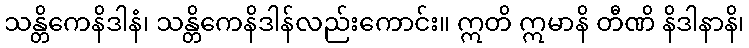
သန္တိကေနိဒါနံ၊ သန္တိကေနိဒါန်လည်းကောင်း။ ဣတိ ဣမာနိ တီဏိ နိဒါနာနိ၊